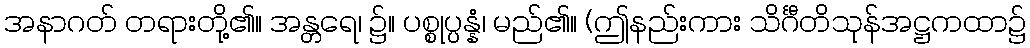
အနာဂတ် တရားတို့၏။ အန္တရေ၊ ၌။ ပစ္စုပ္ပန္နံ၊ မည်၏။ (ဤနည်းကား သိင်္ဂီတိသုန်အဋ္ဌကထာ၌